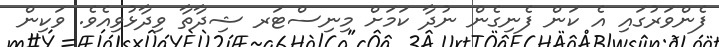
ފެންވަރުގައި އެ ކަން ފެނިގެން ނުދާ ކަމަށް މިނިސްޓަރ ޝިދާތާ ވިދާޅުވިއެވެ. ވަކިން